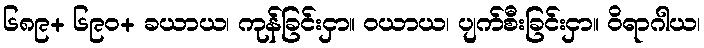
၆၈၉+ ၆၉၀+ ခယာယ၊ ကုန်ခြင်းငှာ။ ဝယာယ၊ ပျက်စီးခြင်းငှာ။ ဝိရာဂါယ၊